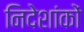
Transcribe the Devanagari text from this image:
निदेशांकों